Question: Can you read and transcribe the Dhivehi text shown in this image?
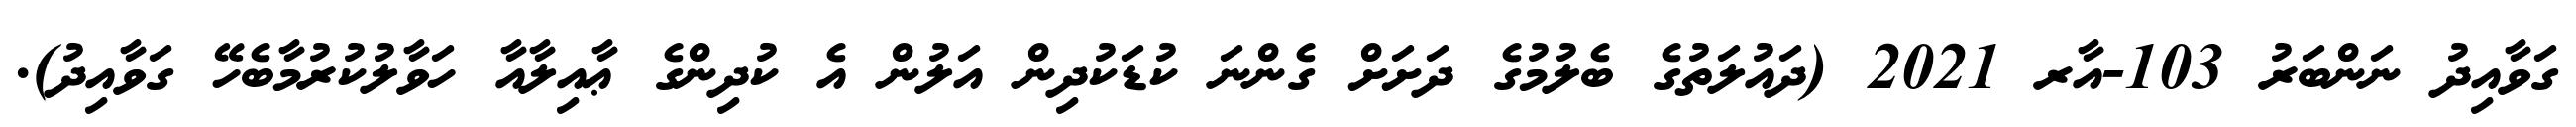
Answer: ގަވާއިދު ނަންބަރު 103-އާރ 2021 (ދައުލަތުގެ ބެލުމުގެ ދަށަށް ގެންނަ ކުޑަކުދިން އަލުން އެ ކުދިންގެ ޢާއިލާއާ ހަވާލުކުރުމާބެހޭ ގަވާއިދު).